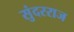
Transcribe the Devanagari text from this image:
सुंदरराज